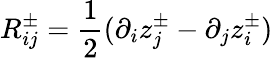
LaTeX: R_{ij}^{\pm}=\frac{1}{2}(\partial_{i}z_{j}^{\pm}-\partial_{j}z_{i}^{\pm})